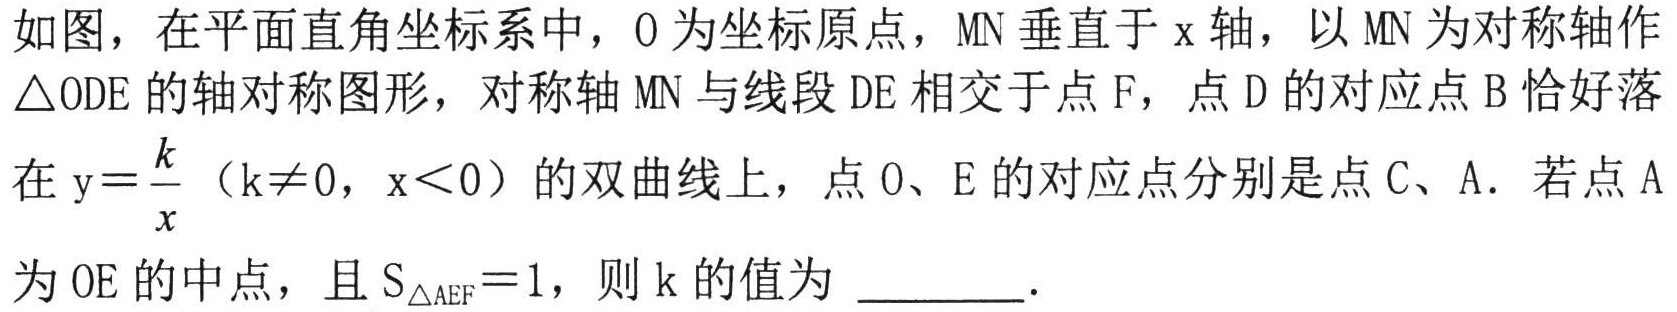
如图，在平面直角坐标系中，O 为坐标原点，MN 垂直于 x 轴，以 MN 为对称轴作$\triangle ODE$的轴对称图形，对称轴 MN 与线段 DE 相交于点 F，点 D 的对应点 B 恰好落在$\mathrm{y}=\dfrac{k}{x}$（$k\neq0$，$x<0$）的双曲线上，点 O、E 的对应点分别是点 C、A．若点 A为 OE 的中点，且${S}_{\triangle AEF}=1$，则 k 的值为 ________．